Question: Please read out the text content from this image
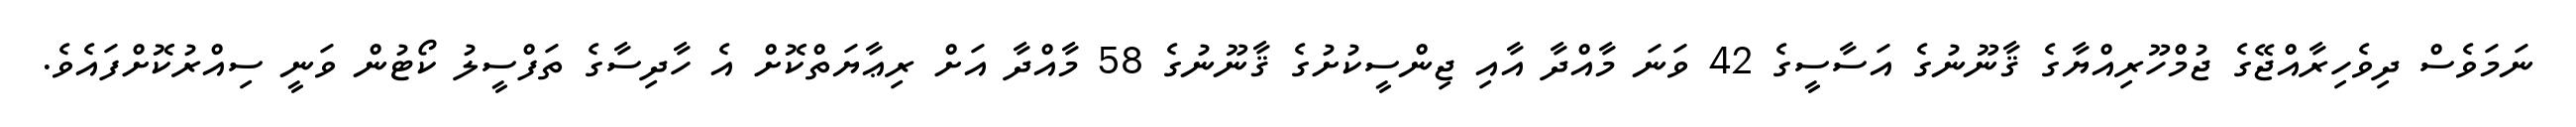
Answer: ނަމަވެސް ދިވެހިރާއްޖޭގެ ޖުމްހޫރިއްޔާގެ ޤާނޫނުގެ އަސާސީގެ 42 ވަނަ މާއްދާ އާއި ޖިންސީކުށުގެ ޤާނޫނުގެ 58 މާއްދާ އަށް ރިޢާޔަތްކޮށް އެ ހާދިސާގެ ތަފްސީލު ކޯޓުން ވަނީ ސިއްރުކޮށްފައެވެ.